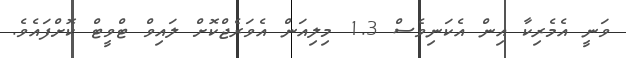
ވަނީ އެމެެރިކާ އިން އެކަނިވެސް 1.3 މިލިއަން އެވަރެޖްކޮށް ލައިވް ޓްވީޓް ކޮށްފައެވެ.